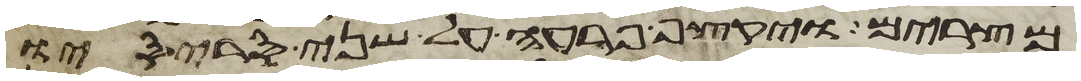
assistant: מצרים ויקצף פרעה על שני סריסיו